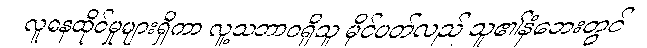
လူနေထိုင်မှုများရှိကာ လူ့သဘာဝရှိသူ မိုင်ပတ်လည် သူ၏နံဘေးတွင်